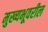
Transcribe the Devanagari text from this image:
मुख्यभूवरील